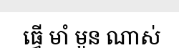
ធ្វើ មាំ មួន ណាស់